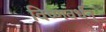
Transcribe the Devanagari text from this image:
विष्णवर्धन्